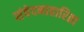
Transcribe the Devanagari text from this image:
संवेदनाहारिता